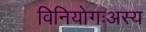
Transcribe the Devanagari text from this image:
विनियोगःअस्य